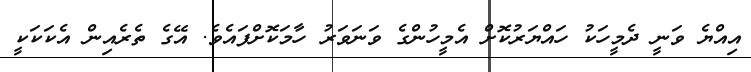
އިއްޔެ ވަނީ ދެމީހަކު ހައްޔަރުކޮށް އެމީހުންގެ ވަނަވަރު ހާމަކޮށްފައެވެ. އޭގެ ތެރެއިން އެކަކަކީ